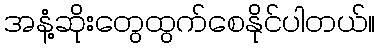
အနံ့ဆိုးတွေထွက်စေနိုင်ပါတယ်။